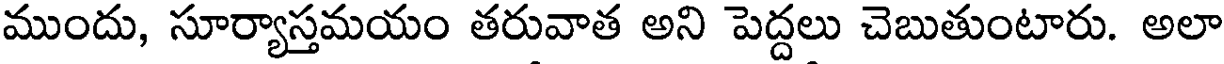
ముందు, సూర్యాస్తమయం తరువాత అని పెద్దలు చెబుతుంటారు. అలా